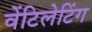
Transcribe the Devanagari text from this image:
वेंटिलेटिंग